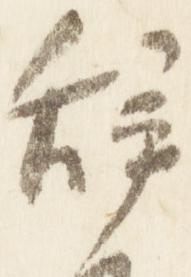
辞